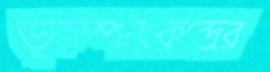
ভূকম্পনকেন্দ্রের